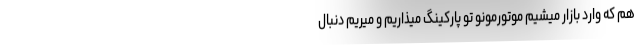
هم که وارد بازار میشیم موتورمونو تو پارکینگ میذاریم و میریم دنبال